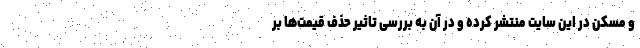
و مسکن در این سایت منتشر کرده و در آن به بررسی تاثیر حذف قیمت‌ها بر